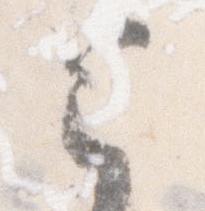
と